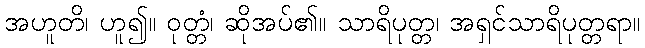
အဟူတိ၊ ဟူ၍။ ဝုတ္တံ၊ ဆိုအပ်၏။ သာရိပုတ္တ၊ အရှင်သာရိပုတ္တရာ။